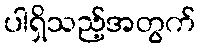
ပါရှိသည့်အတွက်